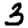
Digit: 3